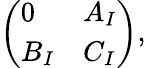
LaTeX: \left(\begin{array}{ll}{{0}}&{{A_{I}}}\\ {{B_{I}}}&{{C_{I}}}\end{array}\right),